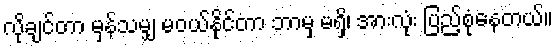
လိုချင်တာ မှန်သမျှ မဝယ်နိုင်တာ ဘာမှ မရှိ၊ အားလုံး ပြည့်စုံနေတယ်။